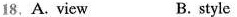
18,A.view B. style